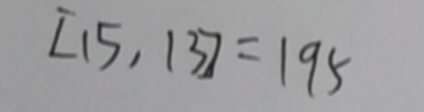
[ 1 5 , 1 3 ] = 1 9 5